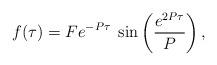
LaTeX: \begin{align*}f(\tau)=Fe^{-P\tau}\;\sin \left(\frac{e^{2P\tau}}{P}\right),\end{align*}